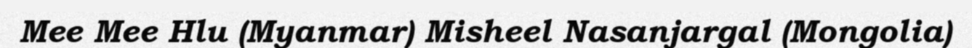
Mee Mee Hlu (Myanmar) Misheel Nasanjargal (Mongolia)